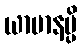
ယာမာနမ္ပိ